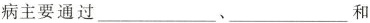
病主要通过___、___和